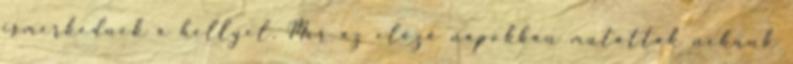
ismerkednek a hellyel. Már az előző napokban mutattak nekünk